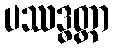
ပဿဒ္ဓတ္ထာ